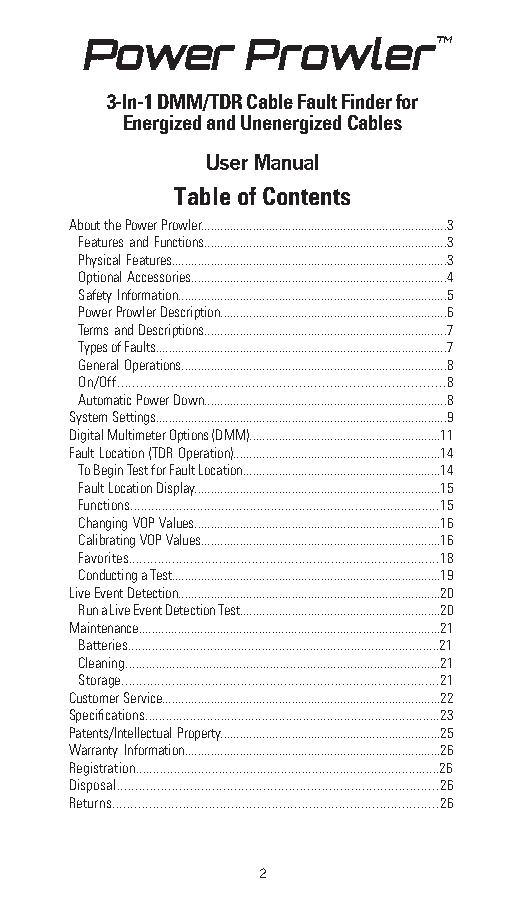
Power      ProwlerTM
 3-In-1 DMM/TDR Cable Fault Finder for
 Energized and Unenergized Cables
 User Manual
 Table of Contents
 About the Power Prowler............................................................................3
 Features and Functions...........................................................................3
 Physical Features.....................................................................................3
 Optional Accessories...............................................................................4
 Safety Information...................................................................................5
 Power Prowler Description......................................................................6
 Terms and Descriptions...........................................................................7
 Types of Faults..........................................................................................7
 General Operations..................................................................................8
 On/Off.....................................................................................8
 Automatic Power Down...........................................................................8
 System Settings..........................................................................................9
 Digital Multimeter Options (DMM)...........................................................11
 Fault Location (TDR Operation)................................................................14
 To Begin Test for Fault Location.............................................................14
 Fault Location Display............................................................................15
 Functions........................................................................................15
 Changing VOP Values............................................................................16
 Calibrating VOP Values..........................................................................16
 Favorites......................................................................................18
 Conducting a Test...................................................................................19
 Live Event Detection.................................................................................20
 Run a Live Event Detection Test..............................................................20
 Maintenance.............................................................................................21
 Batteries...........................................................................................21
 Cleaning..............................................................................................21
 Storage........................................................................................21
 Customer Service......................................................................................22
 Specifications......................................................................................23
 Patents/Intellectual Property....................................................................25
 Warranty Information...............................................................................26
 Registration........................................................................................26
 Disposal........................................................................................26
 Returns........................................................................................26
 2